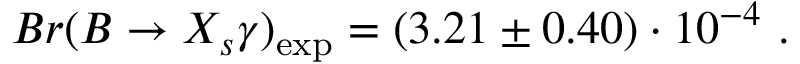
B r ( B \to X _ { s } \gamma ) _ { \mathrm { e x p } } = ( 3 . 2 1 \pm 0 . 4 0 ) \cdot 1 0 ^ { - 4 } ~ .